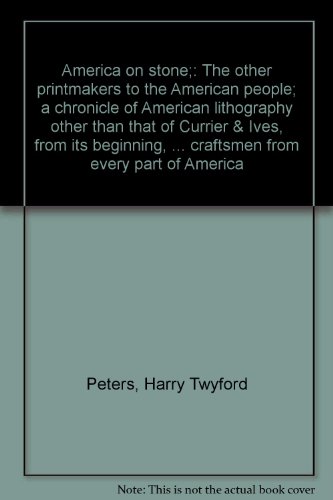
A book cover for America on Stone - The other printmakers to the American people; a chronicle of American lithography other than that of Currier & Ives, from its beginning, ... craftsmen from every part of America; Harry Twyford Peters; Arts & Photography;